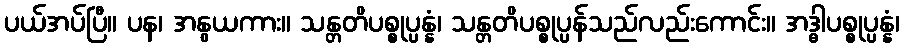
ပယ်အပ်ပြီ။ ပန၊ အနွယကား။ သန္တတိပစ္စုပ္ပန္နံ၊ သန္တတိပစ္စုပ္ပန်သည်လည်းကောင်း။ အဒ္ဓါပစ္စုပ္ပန္နံ၊